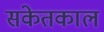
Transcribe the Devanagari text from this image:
संकेतकाल